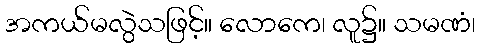
အကယ်မလွဲသဖြင့်။ လောကေ၊ လူ၌။ သမဏံ၊